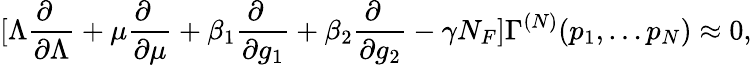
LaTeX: [\Lambda\frac{\partial\phantom{a}}{\partial\Lambda}+\mu\frac{\partial\phantom{a}}{\partial\mu}+\beta_{1}\frac{\partial\phantom{a}}{\partial g_{1}}+\beta_{2}\frac{\partial\phantom{a}}{\partial g_{2}}-\gamma N_{F}]\Gamma^{(N)}(p_{1},\ldots p_{N})\approx 0,